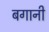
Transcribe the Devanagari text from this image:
बगानी